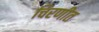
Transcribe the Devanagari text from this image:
चिरणीत